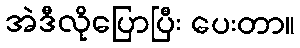
အဲဒီလိုပြောပြီး ပေးတာ။